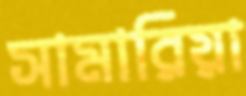
সামারিয়া